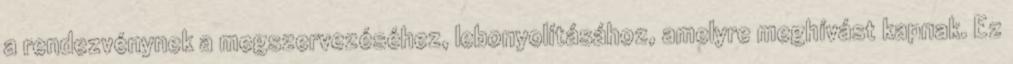
a rendezvénynek a megszervezéséhez, lebonyolításához, amelyre meghívást kapnak. Ez